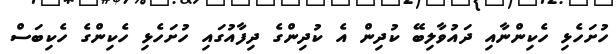
ހުށަހެޅި ހެކިންނާއި ދައުވާލިބޭ ކުދިން އެ ކުދިންގެ ދިފާއުގައި ހުށަހެޅި ހެކިންގެ ހެކިބަސް